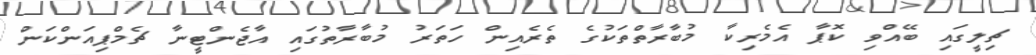
ޗިލީގައި ބޭއްވި ކޮޕާ އެމެރިކާ މުބާރާތްތަކުގެ ތެރެއިން ހަތަރު މުބާރާތުގައި އާޖެންޓީނާ ޗެމްޕިއަންކަން